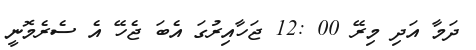
ދަމާ އަދި މިރޭ 00 :12 ޖަހާއިރުގަ އެބަ ޖެހޭ އެ ސެރެމޮނީ